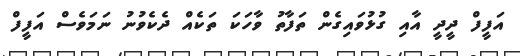
އަފީފް ދީދީ އާއި ގުޅުވައިގެން ތަފާތު ވާހަކަ ތަކެއް ދެކެވުނު ނަމަވެސް އަފީފް